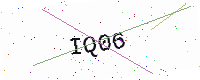
Text: IQ06